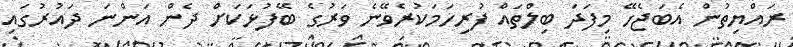
ރައްޔިތުން އެބަޖެހޭ މިފަދަ ބިލްތައް ފުރިހަމަކުރެވޭނެ ވަރުގެ ބޭފުޅަކަށް ދެން އަންނަ ދައުރުގައި